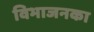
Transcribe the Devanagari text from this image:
विभाजनका